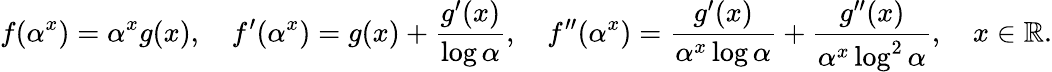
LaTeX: f(\alpha^{x})=\alpha^{x}g(x),\quad f^{\prime}(\alpha^{x})=g(x)+\frac{g^{\prime}(x)}{\log\alpha},\quad f^{\prime\prime}(\alpha^{x})=\frac{g^{\prime}(x)}{\alpha^{x}\log\alpha}+\frac{g^{\prime\prime}(x)}{\alpha^{x}\log^{2}\alpha},\quad x\in\mathbb{R}.